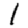
Digit: 1